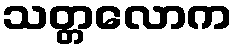
သတ္တလောက